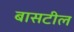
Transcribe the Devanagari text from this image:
बासटील